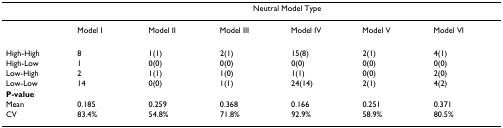
|  | <COLSPAN=6> Neutral Model Type |
 | --- | --- | --- | --- | --- | --- | --- |
 |  | Model I | Model II | Model III | Model IV | Model V | Model VI |
 | High-High | 8 | 1(1) | 2(1) | 15(8) | 2(1) | 4(1) |
 | High-Low | 1 | 0(0) | 0(0) | 0(0) | 0(0) | 0(0) |
 | Low-High | 2 | 1(1) | 1(0) | 1(1) | 0(0) | 2(0) |
 | Low-Low | 14 | 0(0) | 1(1) | 24(14) | 2(1) | 4(2) |
 | P-value |  |  |  |  |  |  |
 | Mean | 0.185 | 0.259 | 0.368 | 0.166 | 0.251 | 0.371 |
 | CV | 83.4% | 54.8% | 71.8% | 92.9% | 58.9% | 80.5% |